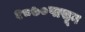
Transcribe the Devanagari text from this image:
१८७०पासून